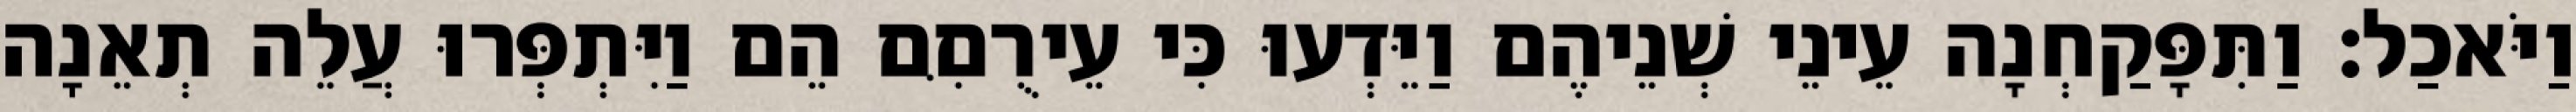
וַיֹּאכַל׃ וַתִּפָּקַחְנָה עֵינֵי שְׁנֵיהֶם וַיֵּדְעוּ כִּי עֵירֻםִּם הֵם וַיִּתְפְּרוּ עֲלֵה תְאֵנָה